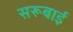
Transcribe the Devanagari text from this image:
सरूबाई